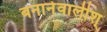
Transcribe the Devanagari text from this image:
बनानेवालीश्